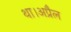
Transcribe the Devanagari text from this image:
था।अप्रैल